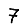
Digit: 7